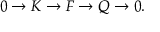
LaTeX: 0 \to K \to F \to Q \to 0 .